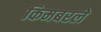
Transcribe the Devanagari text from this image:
किमबरले